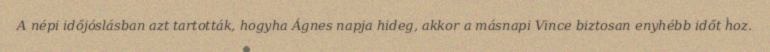
A népi időjóslásban azt tartották, hogyha Ágnes napja hideg, akkor a másnapi Vince biztosan enyhébb időt hoz.